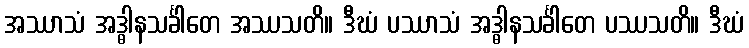
အဿာသံ အဒ္ဓါနသင်္ခါတေ အဿသတိ။ ဒီဃံ ပဿာသံ အဒ္ဓါနသင်္ခါတေ ပဿသတိ။ ဒီဃံ